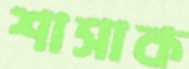
শাসাক